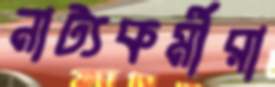
নাট্যকর্মীরা